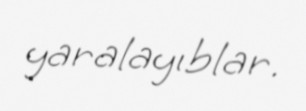
yaralayıblar.